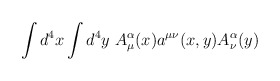
\begin{align*}\int d^{4}x\int d^{4}y\; A_{\mu }^{\alpha }(x)a^{\mu \nu }(x,y)A_{\nu }^{\alpha }(y)\end{align*}